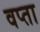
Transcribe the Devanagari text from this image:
वप्ता